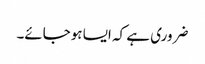
ضروری ہے کہ ایسا ہوجائے۔